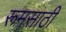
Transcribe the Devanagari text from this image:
रूमसाठी